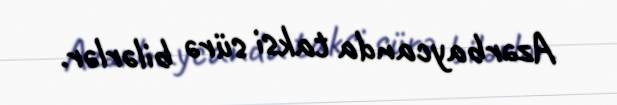
Azərbaycanda taksi sürə bilərlər.